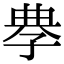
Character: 𡥳